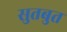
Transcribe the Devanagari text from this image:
सुतबुत